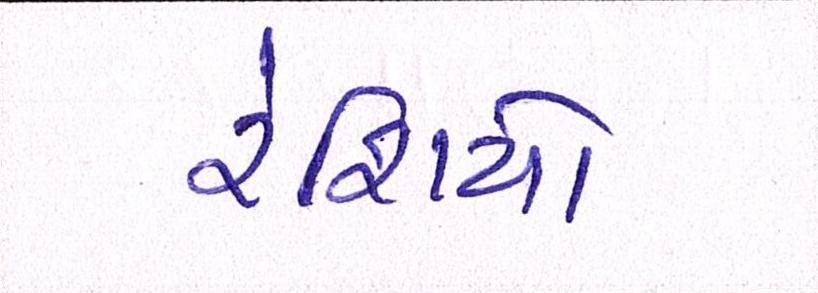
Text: રેશિયો